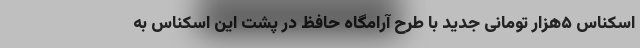
اسکناس ۵هزار تومانی جدید با طرح آرامگاه حافظ در پشت این اسکناس به